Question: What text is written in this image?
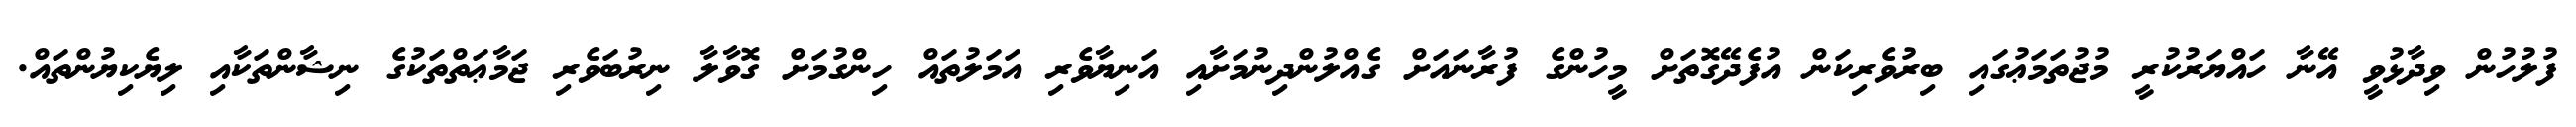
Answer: ފުލުހުން ވިދާޅުވީ އޭނާ ހައްޔަރުކުރީ މުޖުތަމަޢުގައި ބިރުވެރިކަން އުފެދޭގޮތަށް މީހުންގެ ފުރާނައަށް ގެއްލުންދިނުމަށާއި އަނިޔާވެރި އަމަލުތައް ހިންގުމަށް ގޮވާލާ ނިރުބަވެރި ޖަމާޢަތްތަކުގެ ނިޝާންތަކާއި ލިޔެކިޔުންތައް.